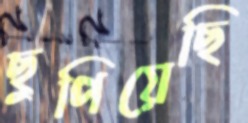
ছুপিয়েছি